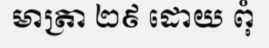
មាត្រា ២៩ ដោយ ពុំ